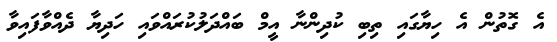
އެ ގޮތުން އެ ހިޔާގައި ތިބި ކުދިންނާ އީމް ބައްދަލުކުރައްވައި ހަދިޔާ ދެއްވާފައިވާ